Indian journal of veterinary science and animal husbandry - Volumes 18-21, 1948-1951
Year: 1948
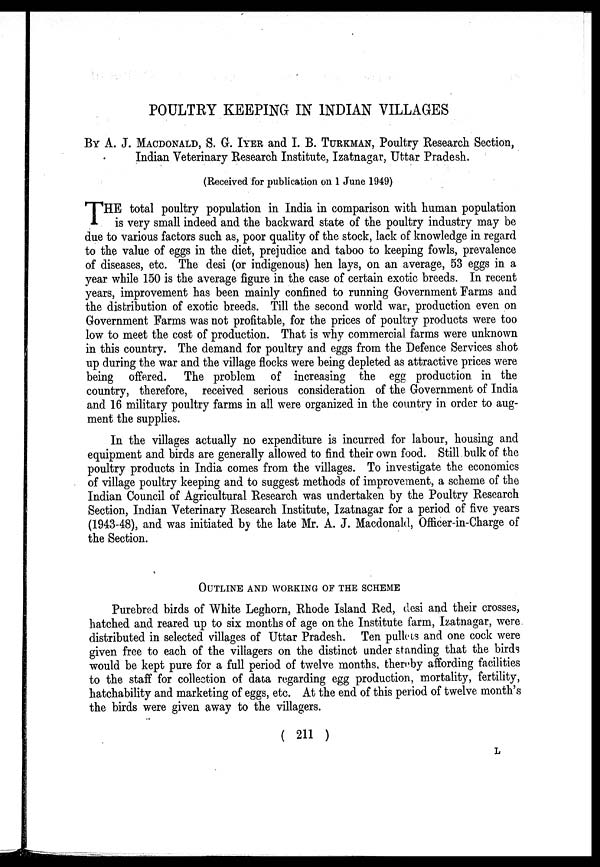
POULTRY KEEPING IN INDIAN VILLAGES
BY A. J. MACDONALD, S. G.IYER and I. B. TURKMAN, Poultry Research Section,
Indian Veterinary Research Institute, Izatnagar, Uttar Pradesh.
(Received for publication on 1 June 1949)
T HE total poultry population in India in comparison with human population
is very small indeed and the backward state of the poultry industry may be
due to various factors such as, poor quality of the stock, lack of knowledge in regard
to the value of eggs in the diet, prejudice and taboo to keeping fowls, prevalence
of diseases, etc. The desi (or indigenous) hen lays, on an average, 53 eggs in a
year while 150 is the average figure in the case of certain exotic breeds. In recent
years, improvement has been mainly confined to running Government Farms and
the distribution of exotic breeds. Till the second world war, production even on
Government Farms was not profitable, for the prices of poultry products were too
low to meet the cost of production. That is why commercial farms were unknown
in this country. The demand for poultry and eggs from the Defence Services shot
up during the war and the village flocks were being depleted as attractive prices were
being offered. The problem of increasing the egg production in the
country, therefore, received serious consideration of the Government of India
and 16 military poultry farms in all were organized in the country in order to aug-
ment the supplies.
In the villages actually no expenditure is incurred for labour, housing and
equipment and birds are generally allowed to find their own food. Still bulk of the
poultry products in India comes from the villages. To investigate the economics
of village poultry keeping and to suggest methods of improvement, a scheme of the
Indian Council of Agricultural Research was undertaken by the Poultry Research
Section, Indian Veterinary Research Institute, Izatnagar for a period of five years
(1943-48), and was initiated by the late Mr. A. J. Macdonald, Officer-in-Charge of
the Section.
OUTLINE AND WORKING OF THE SCHEME
Purebred birds of White Leghorn, Rhode Island Red, desi and their crosses,
hatched and reared up to six months of age on the Institute farm, Izatnagar, were
distributed in selected villages of Uttar Pradesh. Ten pullets and one cock were
given free to each of the villagers on the distinct under standing that the birds
would be kept pure for a full period of twelve months, thereby affording facilities
to the staff for collection of data regarding egg production, mortality, fertility,
hatchability and marketing of eggs, etc. At the end of this period of twelve month's
the birds were given away to the villagers.
( 211 )
L